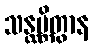
သန္ထမ္ဘိတွာန